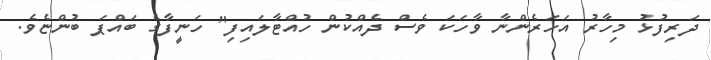
ދަރިފުޅު މިހާރު އަހަރެންނާ ވާހަކަ ވެސް ދެއްކުން ހުއްޓާލައިފި" ހަނީފާގެ ބައްޕަ ބުންޏެވެ.